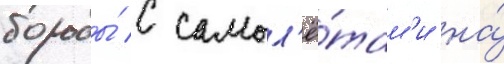
борьбы́ с самол'ё́там'и на́